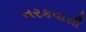
નરકવાસી